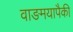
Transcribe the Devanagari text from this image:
वाङमयापैकी